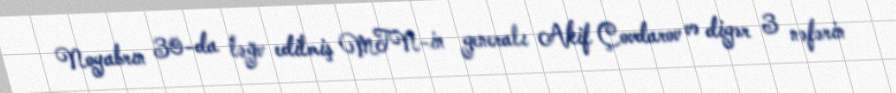
Noyabrın 30-da ləğv edilmiş MTN-in generalı Akif Çovdarov və digər 3 nəfərin